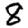
Digit: 8